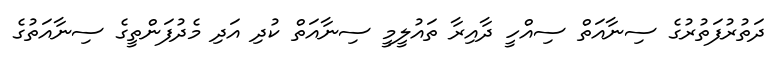
ދަތުރުފަތުރުގެ ސިނާއަތް ސިއްހީ ދާއިރާ ތައުލީމީ ސިނާއަތް ކުދި އަދި މެދުފަންތީގެ ސިނާއަތުގެ